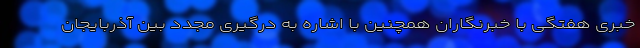
خبری هفتگی با خبرنگاران همچنین با اشاره به درگیری مجدد بین آذربایجان